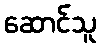
ဆောင်သူ